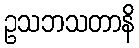
ဥသဘသတာနိ